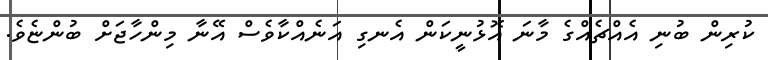
ކުރިން ބުނި އެއްޗެއްގެ މާނަ އޮޅުނީކަން އެނގި އަނެއްކާވެސް އޭނާ މިންހާޖަށް ބުންޏެވެ.